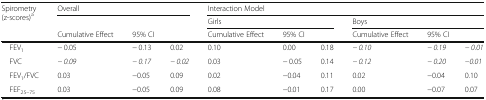
<table><thead><tr><td rowspan="3"><b>Spirometry (z-scores)<sup>a</sup></b></td><td colspan="3"><b>Overall</b></td><td colspan="6"><b>Interaction Model</b></td></tr><tr><td></td><td></td><td></td><td colspan="3"><b>Girls</b></td><td colspan="3"><b>Boys</b></td></tr><tr><td><b>Cumulative Effect</b></td><td colspan="2"><b>95% CI</b></td><td><b>Cumulative Effect</b></td><td colspan="2"><b>95% CI</b></td><td><b>Cumulative Effect</b></td><td colspan="2"><b>95% CI</b></td></tr></thead><tbody><tr><td> FEV<sub>1</sub></td><td>− 0.05</td><td>− 0.13</td><td>0.02</td><td>0.10</td><td>0.00</td><td>0.18</td><td><i>− 0.10</i></td><td><i>− 0.19</i></td><td><i>− 0.01</i></td></tr><tr><td> FVC</td><td><i>− 0.09</i></td><td><i>− 0.17</i></td><td><i>− 0.02</i></td><td>0.03</td><td>− 0.05</td><td>0.14</td><td><i>− 0.12</i></td><td><i>− 0.20</i></td><td><i>−0.01</i></td></tr><tr><td> FEV<sub>1</sub>/FVC</td><td>0.03</td><td>−0.05</td><td>0.09</td><td>0.02</td><td>−0.04</td><td>0.11</td><td>0.02</td><td>−0.04</td><td>0.10</td></tr><tr><td> FEF<sub>25–75</sub></td><td>0.03</td><td>−0.05</td><td>0.09</td><td>0.08</td><td>−0.01</td><td>0.17</td><td>0.00</td><td>−0.07</td><td>0.07</td></tr></tbody></table>